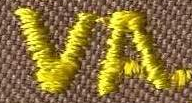
VA.